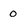
Character: 0